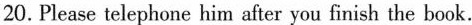
20.Please telephone him after you finish the book.